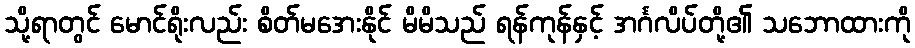
သို့ရာတွင် မောင်ရိုးလည်း စိတ်မအေးနိုင် မိမိသည် ရန်ကုန်နှင့် အင်္ဂလိပ်တို့၏ သဘောထားကို